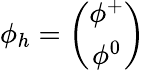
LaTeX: \phi_{h}=\left(\begin{array}{c}{{\phi^{+}}}\\ {{\phi^{0}}}\end{array}\right)